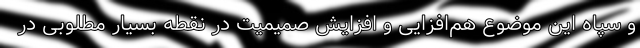
و سپاه این موضوع هم‌افزایی و افزایش صمیمیت در نقطه بسیار مطلوبی در